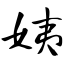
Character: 姨